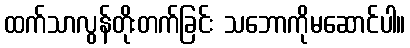
ထက်သာလွန်တိုးတက်ခြင်း သဘောကိုမဆောင်ပါ။